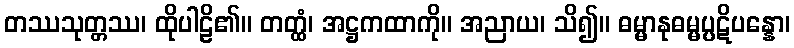
တဿသုတ္တဿ၊ ထိုပါဠိ၏။ တတ္ထံ၊ အဋ္ဌကထာကို။ အညာယ၊ သိ၍။ ဓမ္မာနုဓမ္မပ္ပဋိပန္နော၊